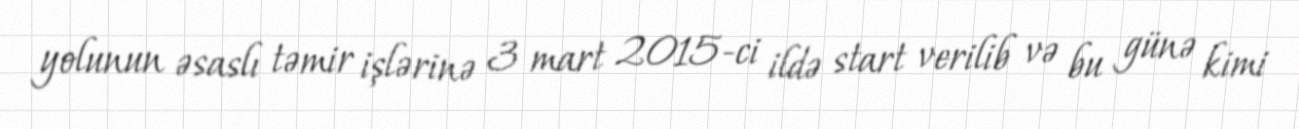
yolunun əsaslı təmir işlərinə 3 mart 2015-ci ildə start verilib və bu günə kimi